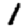
Digit: 1